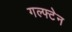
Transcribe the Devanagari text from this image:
गल्फ्टेन